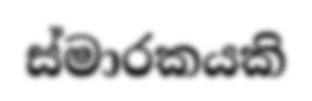
ස්මාරකයකි